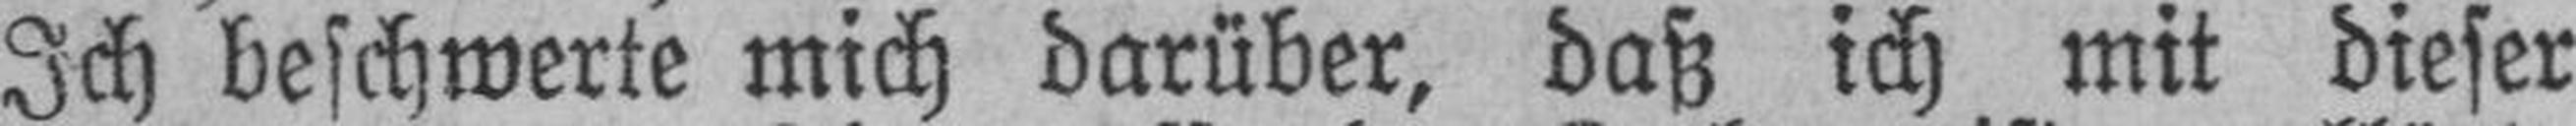
Ich beschwerte mich darüber, daß ich mit dieser